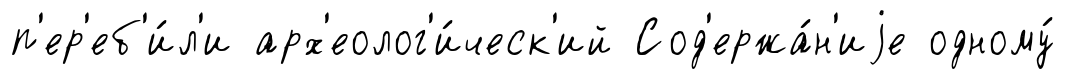
п'ер'еб'и́л'и арх'еолог'и́ческ'ий Сод'ержа́н'иjе одному́